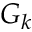
G _ { k }